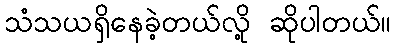
သံသယရှိနေခဲ့တယ်လို့ ဆိုပါတယ်။